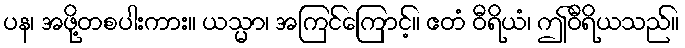
ပန၊ အဖို့တစပါးကား။ ယသ္မာ၊ အကြင်ကြောင့်။ ဧတံ ဝီရိယံ၊ ဤဝီရိယသည်။